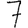
Digit: 7